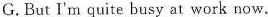
G. But I'm quite busy at work now.